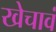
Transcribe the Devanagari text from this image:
खेचावं